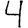
Digit: 4